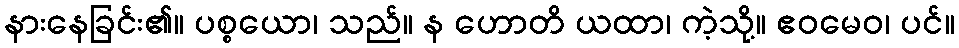
နားနေခြင်း၏။ ပစ္စယော၊ သည်။ န ဟောတိ ယထာ၊ ကဲ့သို့။ ဧဝမေဝ၊ ပင်။